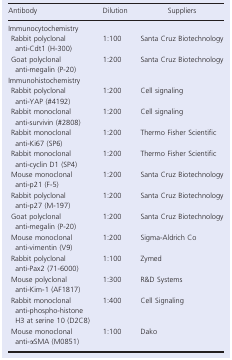
<table><thead><tr><td><b>Antibody</b></td><td><b>Dilution</b></td><td><b>Suppliers</b></td></tr></thead><tbody><tr><td colspan="3">Immunocytochemistry</td></tr><tr><td> Rabbit polyclonal anti‐Cdt1 (H‐300)</td><td>1:100</td><td>Santa Cruz Biotechnology</td></tr><tr><td> Goat polyclonal anti‐megalin (P‐20)</td><td>1:200</td><td>Santa Cruz Biotechnology</td></tr><tr><td colspan="3">Immunohistochemistry</td></tr><tr><td> Rabbit polyclonal anti‐YAP (#4192)</td><td>1:200</td><td>Cell signaling</td></tr><tr><td> Rabbit monoclonal anti‐survivin (#2808)</td><td>1:200</td><td>Cell signaling</td></tr><tr><td> Rabbit monoclonal anti‐Ki67 (SP6)</td><td>1:200</td><td>Thermo Fisher Scientific</td></tr><tr><td> Rabbit monoclonal anti‐cyclin D1 (SP4)</td><td>1:200</td><td>Thermo Fisher Scientific</td></tr><tr><td> Mouse monoclonal anti‐p21 (F‐5)</td><td>1:200</td><td>Santa Cruz Biotechnology</td></tr><tr><td> Rabbit polyclonal anti‐p27 (M‐197)</td><td>1:200</td><td>Santa Cruz Biotechnology</td></tr><tr><td> Goat polyclonal anti‐megalin (P‐20)</td><td>1:200</td><td>Santa Cruz Biotechnology</td></tr><tr><td> Mouse monoclonal anti‐vimentin (V9)</td><td>1:200</td><td>Sigma‐Aldrich Co</td></tr><tr><td> Rabbit polyclonal anti‐Pax2 (71‐6000)</td><td>1:100</td><td>Zymed</td></tr><tr><td> Mouse polyclonal anti‐Kim‐1 (AF1817)</td><td>1:300</td><td>R&amp;D Systems</td></tr><tr><td> Rabbit monoclonal anti‐phospho‐histone H3 at serine 10 (D2C8)</td><td>1:400</td><td>Cell Signaling</td></tr><tr><td> Mouse monoclonal anti‐αSMA (M0851)</td><td>1:100</td><td>Dako</td></tr></tbody></table>